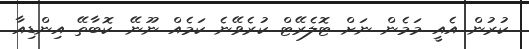
ކުރުން އެއީ މަމެން ނަށް ޓޮލެރޭޓް ކުރެވޭނެ ކަމެއް ނޫނޭ. ކޮބާތޭ އިންޑިއާ